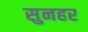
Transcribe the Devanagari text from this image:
सुनहर